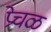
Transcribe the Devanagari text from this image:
प्रेचळ